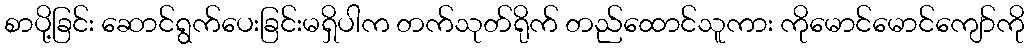
စာပို့ခြင်း ဆောင်ရွက်ပေးခြင်းမရှိပါက တက်သုတ်ရိုက် တည်ထောင်သူကား ကိုမောင်မောင်ကျော်ကို